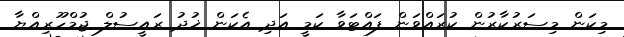
މިކަން މިސަރުކާރުން ކުރައްވަން ފައްޓަވާ ކަމީ އަދި އެކަން ޚުދު ރައީސުލް ޖުމްހޫރިއްޔާ